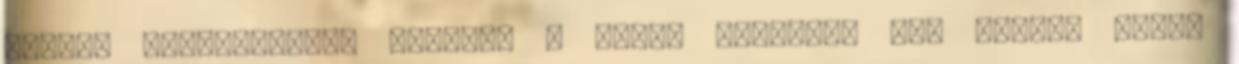
Küldés folyamatban. Görcsöl a lábad éjszaka? Íme néhány tipp,